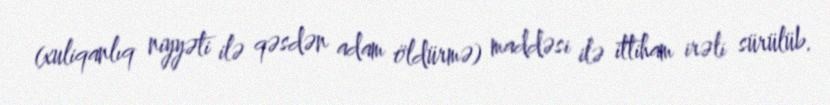
(xuliqanlıq niyyəti ilə qəsdən adam öldürmə) maddəsi ilə ittiham irəli sürülüb.